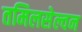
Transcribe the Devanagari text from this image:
तमिलसेल्वन